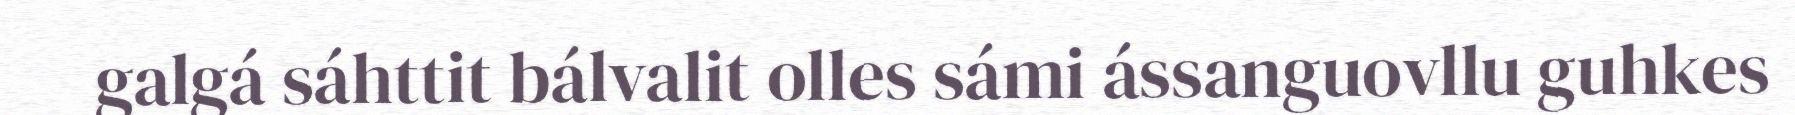
galgá sáhttit bálvalit olles sámi ássanguovllu guhkes